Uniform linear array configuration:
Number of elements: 8
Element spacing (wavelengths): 0.75
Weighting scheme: cosine
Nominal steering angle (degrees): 0
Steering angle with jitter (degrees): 0.3622
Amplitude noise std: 0.05
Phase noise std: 0.05

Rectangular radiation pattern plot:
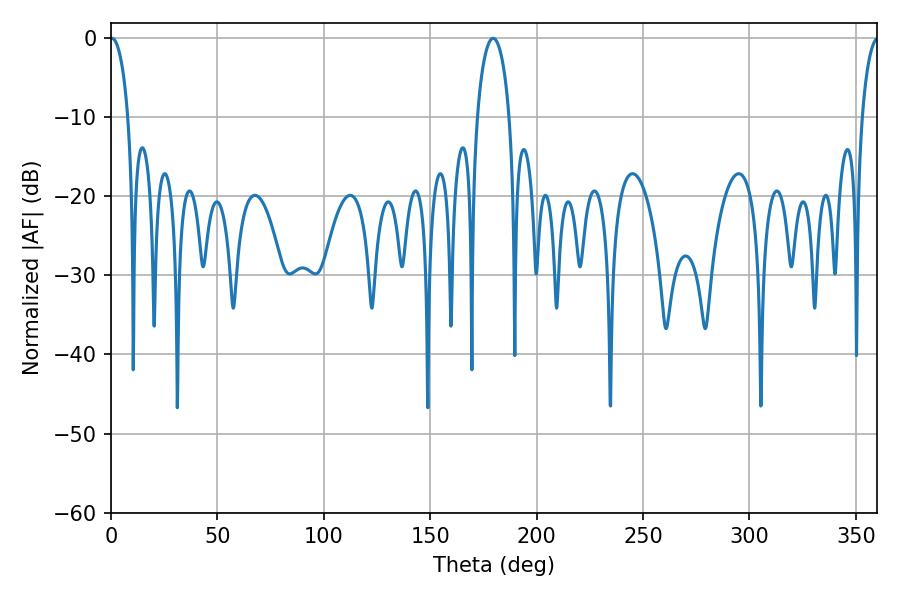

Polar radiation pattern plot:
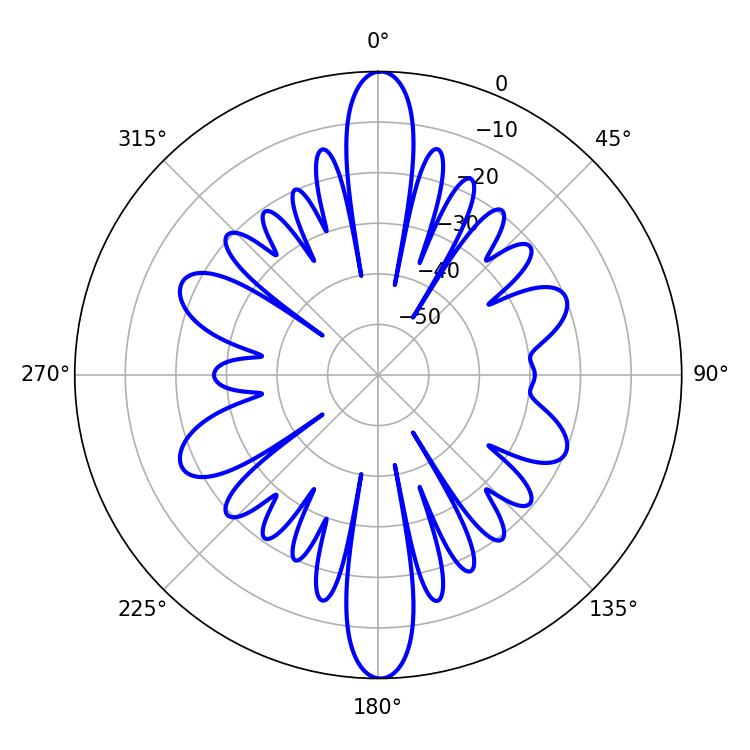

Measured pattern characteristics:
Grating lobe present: TRUE
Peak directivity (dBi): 41.052
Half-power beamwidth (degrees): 4.68
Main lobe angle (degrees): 0.36